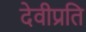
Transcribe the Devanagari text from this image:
देवीप्रति